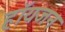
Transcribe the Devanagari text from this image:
हॉयजन